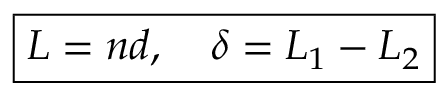
\boxed { L = n d , \quad \delta = L _ { 1 } - L _ { 2 } }